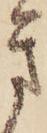
き